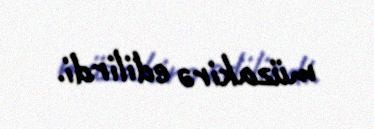
müzakirə edilirdi.